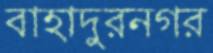
বাহাদুরনগর